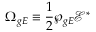
\Omega _ { g E } \equiv \frac { 1 } { 2 } \wp _ { g E } \mathcal { E } ^ { * }